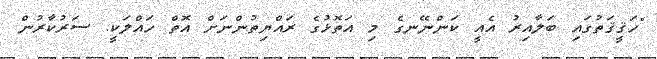
"ހަޤީޤަތުގައި ބަލާއިރު އެއީ ކަންނޭނގެ މި އަތޮޅުގެ ރައްޔިތުންނަށް އޮތް ހައްލަކީ. ސަރުކާރުން